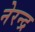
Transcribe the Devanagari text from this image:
नेरन्द्र